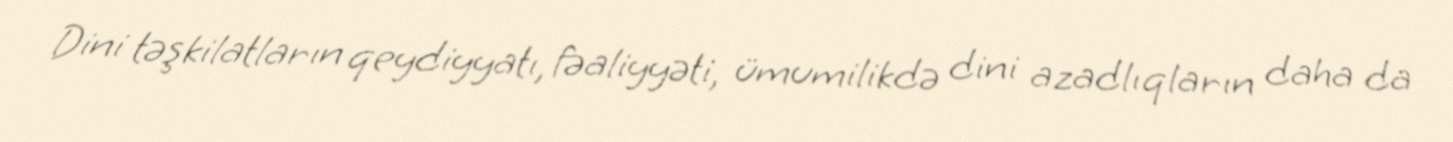
Dini təşkilatların qeydiyyatı, fəaliyyəti, ümumilikdə dini azadlıqların daha da